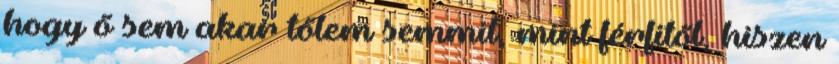
hogy ő sem akar tőlem semmit, mint férfitől, hiszen